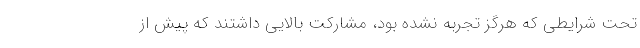
تحت شرایطی که هرگز تجربه نشده بود، مشارکت بالایی داشتند که پیش از